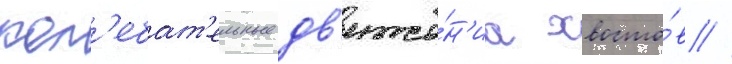
кол'ебат'ельные дв'иже́н'иа хвосто́в //